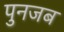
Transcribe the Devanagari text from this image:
पुनजब